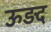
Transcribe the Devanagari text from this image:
ऊड़द